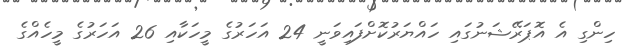
ހިންގި އެ އޮޕަރޭޝަނުގައި ހައްޔަރުކޮށްފައިވަނީ 24 އަހަރުގެ މީހަކާއި 26 އަހަރުގެ މީހެއްގެ